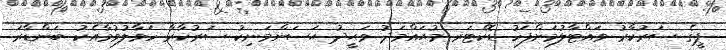
ޕީގެ ސަރުކާރު ވައްޓާލުމަށްފަހު ޑޮކްޓަރ މުޙައްމަދު ވަޙީދު ޙަސަންމަނިކު ސަރުކާރާ ހަވާލުވުމާއެކު ބަންޑާރަ